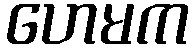
ဟေမက